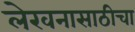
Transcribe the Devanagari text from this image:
लेखनासाठीचा